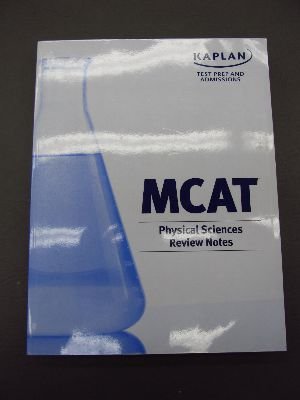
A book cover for Kaplan Test Prep and Admissions MCAT Physical Science Review Notes (MM40161); KAPLAN INC.; Test Preparation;